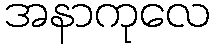
အနာကုလေ